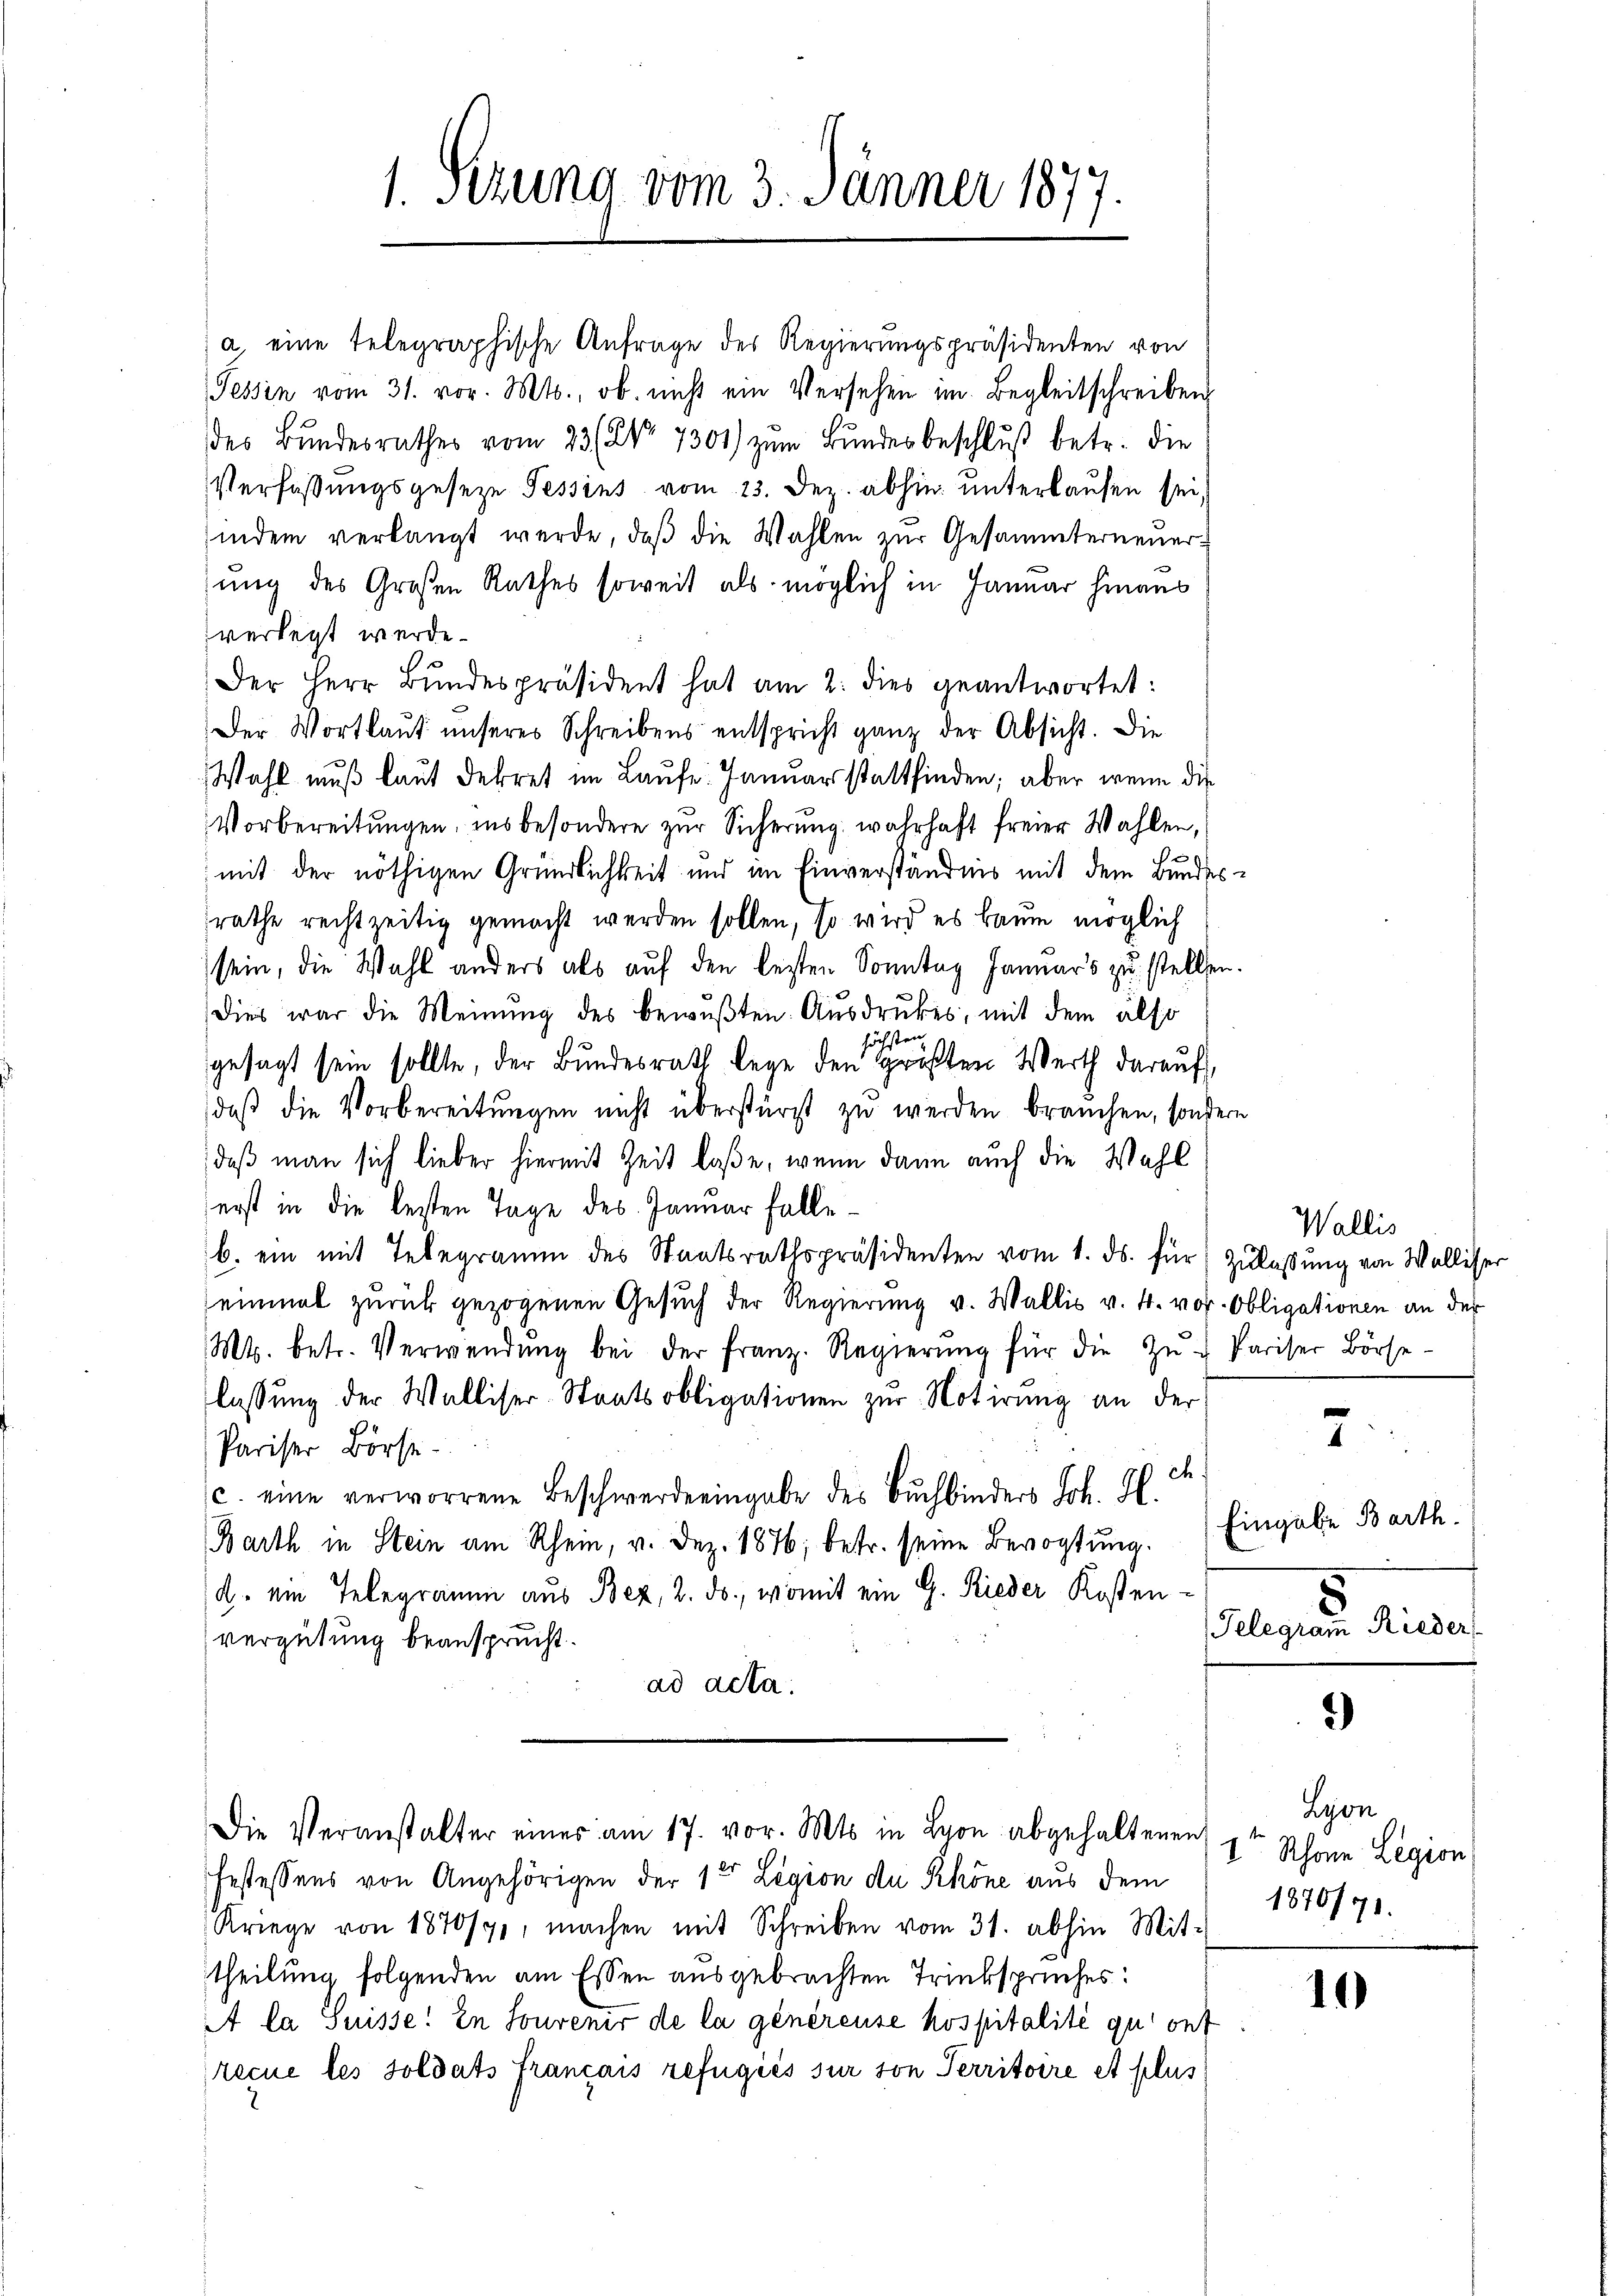
1. Sezung vom 3. Jänner 1877.

a eine telegraphische Anfrage des Regierungspräsidenten von
Tessin vom 31. vor. Mts., ob nicht ein Versehen im Begleitschreiben
des Bundesrathes vom 23 (No. 7301) zŭm Bŭndesbeschlŭβ betr. die
Verfaßungsgeseze Tessins vom 23. Dez. abhin unterkaufen sei,
indem verlangt werde, daβ die Wahlen zŭr Gesammterneŭer-
sung des Großen Rathes soweit als möglich in Januar hinaus
verlegt werde.
Der Herr Bŭndespräsident hat am 2. dies geantwortet:
Der Wortlaut unseres Schreibens entspricht ganz der Absicht. Die
Wahl muß laut Dekret im Laufe. Januar stattfinden; aber wenn die
Vorbereitungen, ins besondere zur Sicherung wahrhaft freier Wahlen,
mit der nöthigen Gründlichkeit und im Einverständnis mit dem Bundes-
rathe rechtzeitig gemacht werden sollen, so wird es kaum möglich
sein, die Wahl anders als auf den besten Sonntag Januars zu stellen.
Dies war die Meinung des bewußten Ausdruckes, mit dem also
öchsten
gesagt sein sollte, der Bundesrath lege den größten Werth darauf,
daβ die Vorbereitungen nicht überstürzt zu werden brauchen, sondern
daß man sich lieber hiermit Zeit laße, wenn dann auch die Wahl
erst in die besten Tage des Januar falle
b. ein mit Telegramm des Staatsrathspräsidenten vom 1. ds. für Zulassung von Walliser
einmal zurück gezogenen Gesuch der Regierung u. Wallis v. 4. vor. Obligationen an der
Mt. betr. Verwendŭng bei der franz. Regierŭng für die Zŭ- Pariser Börse-
lassŭng der Walliser-Staatsobligationen zŭr Notirung an der
Pariser Börse
t.
c. eine verworrene Beschwerde eingabe des Buchbinders Joh. H.
Barth in Stein am Rhein, v. Dez. 1876; betr. seine Bevogtung.
2. ein Telegramm aus Bez, 2. ds., womit ein G. Rieder Kosten-
vergütung beansprucht.
ad acta.
Die Veranstalter eines am 17. vor. Mts. in Lyon abgehaltenen
festessens von Angehörigen der 1ten Legion de Rhöne aus dem
Kriege von 1870/71, machen mit Schreiben vom 31. abhin Mit-
theilung folgenden am Essen ausgebrachten Trinkspruches:
A la Suisse: In Souvenir de la généreuse hospitalité qui ont
recue les Soldats français refügiés sur von Territoire et plus

Wallis

7.

Eingabe Barth.
Gelegram Rieder

*)

Lyon
1ten Schöne Legion
1870/71.

10